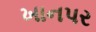
ખાનપર